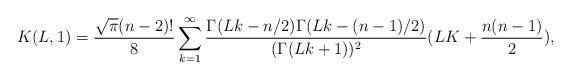
LaTeX: \begin{align*} K(L,1)=\frac{\sqrt{\pi}(n-2)!}{8} \sum_{k=1}^\infty \frac{\Gamma(Lk-n/2) \Gamma(Lk-(n-1)/2) }{(\Gamma(Lk+1))^2} (LK+\frac{n(n-1)}2),\end{align*}